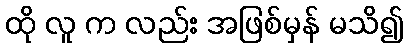
ထို လူ က လည်း အဖြစ်မှန် မသိ၍